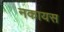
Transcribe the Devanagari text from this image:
नकायस